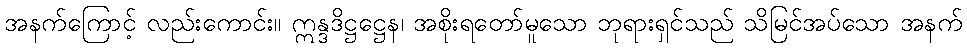
အနက်ကြောင့် လည်းကောင်း။ ဣန္ဒဒိဋ္ဌဋ္ဌေန၊ အစိုးရတော်မူသော ဘုရားရှင်သည် သိမြင်အပ်သော အနက်